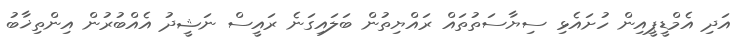
އަދި އެމްޑީޕީއިން ހުށައެޅި ސިޔާސަތުތައް ރައްޔިތުން ބަލައިގަނެ ރައީސް ނަޝީދު އެއްބުރުން އިންތިޚާބު